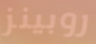
روبينز